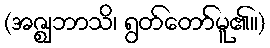
(အဇ္ဈဘာသိ၊ ရွတ်တော်မူ၏။)